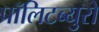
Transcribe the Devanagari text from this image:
पॉलिटब्युरो